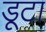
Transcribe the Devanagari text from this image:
डूटा